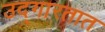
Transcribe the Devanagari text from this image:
उद्‌गारतात